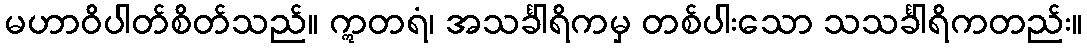
မဟာဝိပါတ်စိတ်သည်။ ဣတရံ၊ အသင်္ခါရိကမှ တစ်ပါးသော သသင်္ခါရိကတည်း။